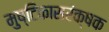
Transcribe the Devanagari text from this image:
मुष्टिकासरंक्षक